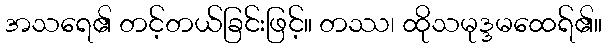
အသရေ၏ တင့်တယ်ခြင်းဖြင့်။ တဿ၊ ထိုသမုဒ္ဒမထေရ်၏။